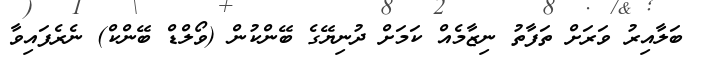
ބަލާއިރު ވަރަށް ތަފާތު ނިޒާމެއް ކަމަށް ދުނިޔޭގެ ބޭންކުން (ވޯލްޑް ބޭންކް) ނެރެފައިވާ